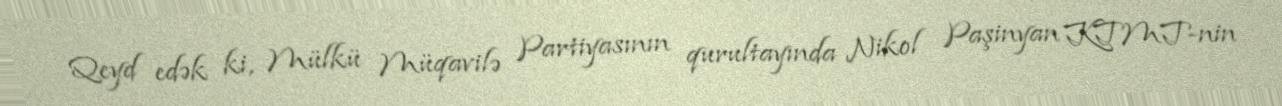
Qeyd edək ki, Mülkü Müqavilə Partiyasının qurultayında Nikol Paşinyan KTMT-nin